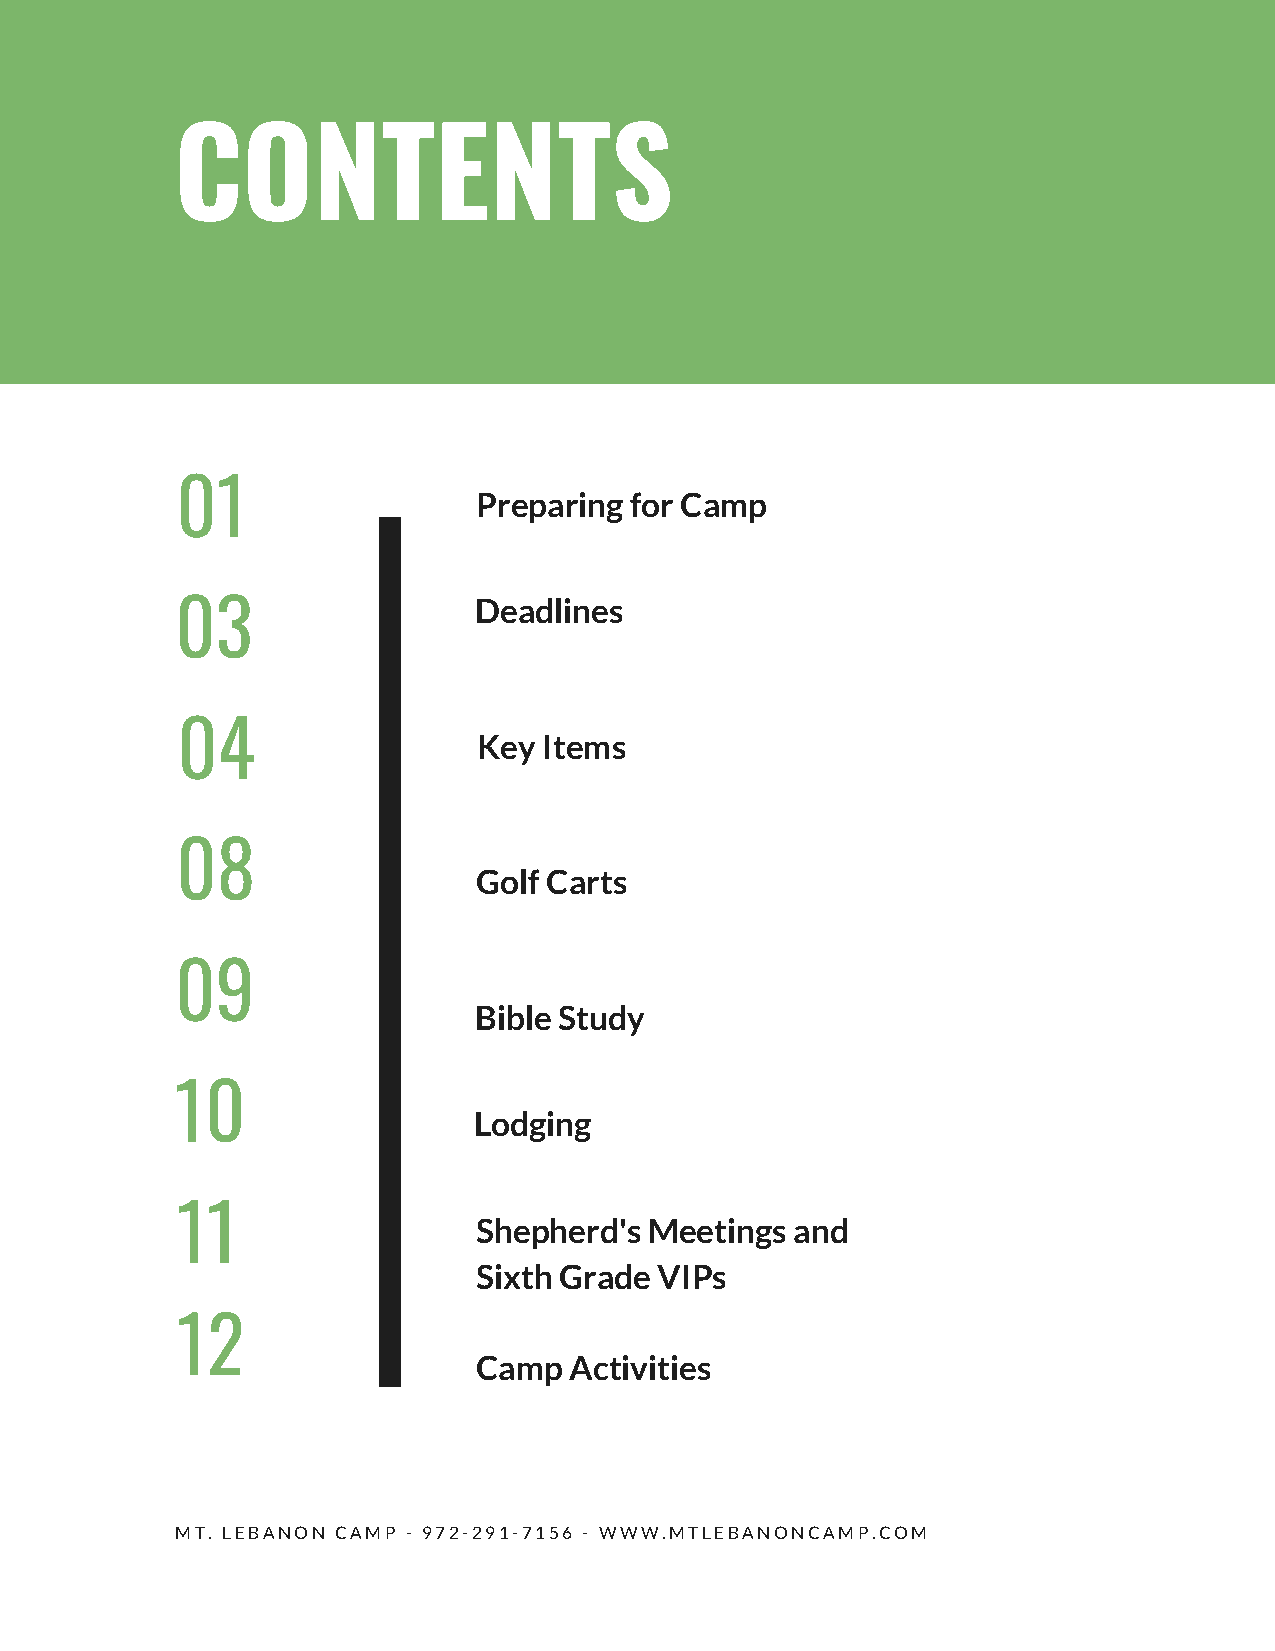
CONTENTS
 01
 Preparing for Camp
 03                 Deadlines
 04
 Key Items
 08
 Golf Carts
 09
 Bible Study
 10
 Lodging
 11
 Shepherd's Meetings  and
 Sixth Grade VIPs
 12
 Camp  Activities
 MT. LEBANON CAMP - 972-291-7156 - WWW.MTLEBANONCAMP.COM